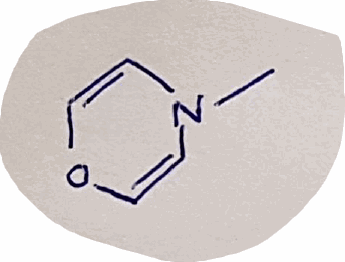
Simplified molecular-input line-entry system (SMILES) notation of the given molecule:
CN1C=COC=C1